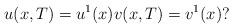
LaTeX: \begin{align*}u(x,T)=u^1(x) v(x,T)=v^1(x)?\end{align*}